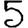
Digit: 5